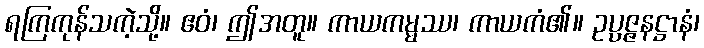
ရကြကုန်သကဲ့သို့။ ဧဝံ၊ ဤအတူ။ ကာယကမ္မဿ၊ ကာယကံ၏။ ဥပ္ပဇ္ဇနဋ္ဌာနံ၊